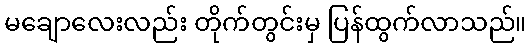
မချောလေးလည်း တိုက်တွင်းမှ ပြန်ထွက်လာသည်။